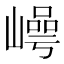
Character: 𡼑